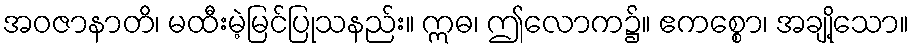
အဝဇာနာတိ၊ မထီးမဲ့မြင်ပြုသနည်း။ ဣဓ၊ ဤလောက၌။ ဧကစ္စော၊ အချို့သော။